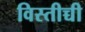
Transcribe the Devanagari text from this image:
विस्तीच्ची